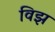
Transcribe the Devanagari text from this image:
विझ